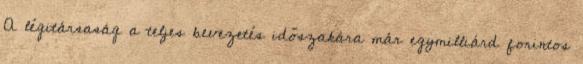
A légitársaság a teljes bevezetés időszakára már egymilliárd forintos